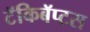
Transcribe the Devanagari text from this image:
टॅकिबॅप्टस